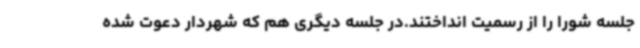
جلسه شورا را از رسمیت انداختند.در جلسه دیگری هم که شهردار دعوت شده